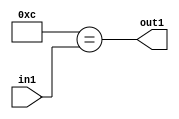
`timescale 1ps / 1ps
/*****************************************************************************
    Verilog RTL Description
    
    
    Created by: Stratus DpOpt 21.05.01 
*******************************************************************************/

module dut_Equal_1U_21_1 (
	in1,
	out1
	); /* architecture "behavioural" */ 
input [5:0] in1;
output  out1;
wire  asc001;

assign asc001 = (11'B00000001100==in1);

assign out1 = asc001;
endmodule

/* CADENCE  urb3Tw0= : u9/ySxbfrwZIxEzHVQQV8Q== ** DO NOT EDIT THIS LINE ******/